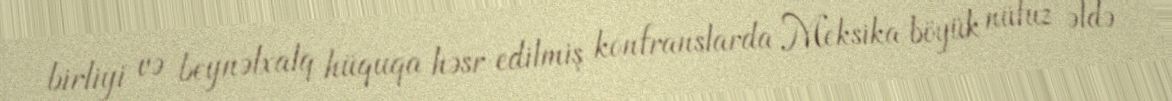
birliyi və beynəlxalq hüquqa həsr edilmiş konfranslarda Meksika böyük nüfuz əldə